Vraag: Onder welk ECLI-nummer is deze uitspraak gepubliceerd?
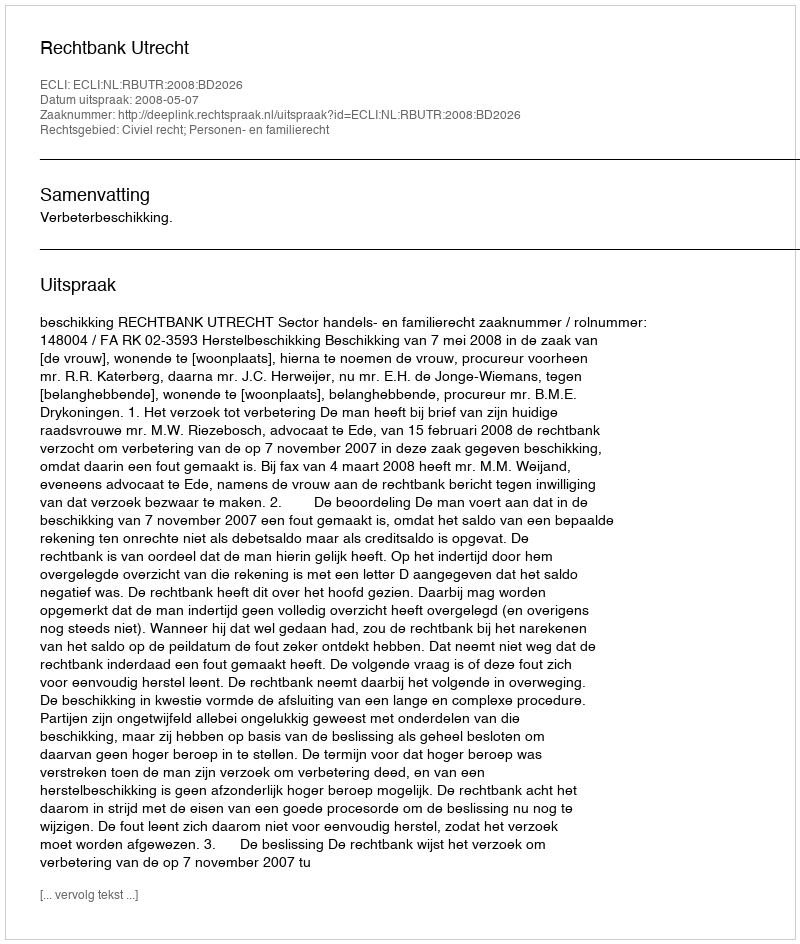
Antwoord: ECLI:NL:RBUTR:2008:BD2026